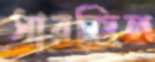
সারজিল